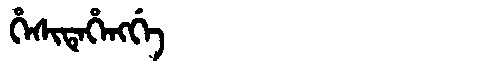
Manchu: ᡥᡝᠰᡳᡨᡝᡥᡝᠩᡤᡝ
Romanization: HESITEHENGGE